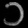
Digit: ၁